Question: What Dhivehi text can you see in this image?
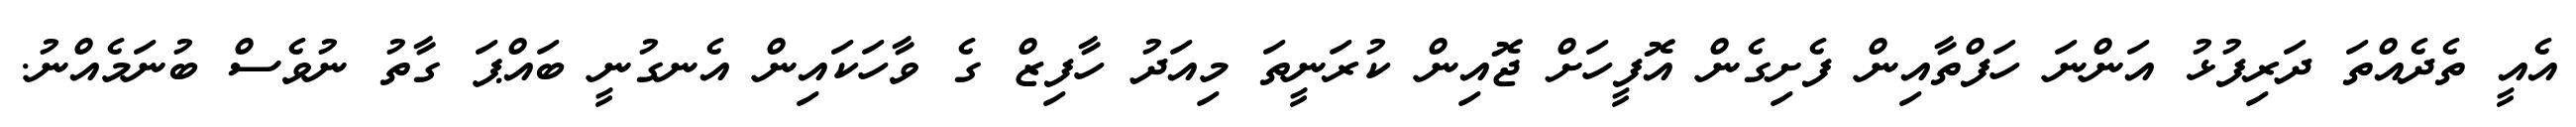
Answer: އެއީ ތެދެއްތަ ދަރިފުޅު އަންނަ ހަފްތާއިން ފެށިގެން އޮފީހަށް ޖޮއިން ކުރަނީތަ މިއަދު ހާފިޒް ގެ ވާހަކައިން އެނގުނީ ބައްޕަ ގާތު ނުވެސް ބުނަމެއްނު.